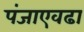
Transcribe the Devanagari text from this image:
पंजाएवढा